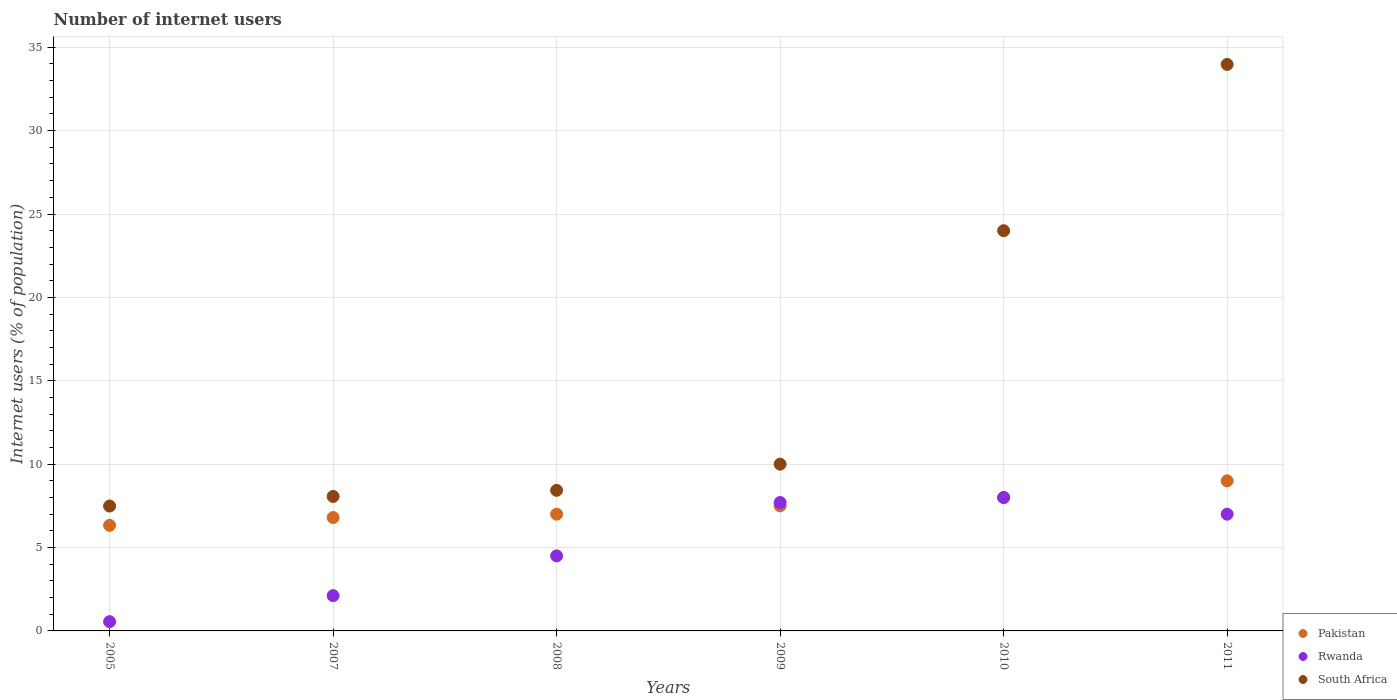
| Years | Pakistan | Rwanda | South Africa |
 | --- | --- | --- | --- |
 | 2005 | 6.33 | 0.556 | 7.49 |
 | 2007 | 6.8 | 2.12 | 8.07 |
 | 2008 | 7 | 4.5 | 8.43 |
 | 2009 | 7.5 | 7.7 | 10 |
 | 2010 | 8 | 8 | 24 |
 | 2011 | 9 | 7 | 34 |